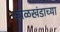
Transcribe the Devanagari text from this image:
काळखंडाच्या